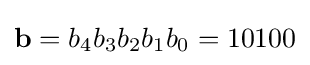
\mathbf {b} =b_{4}b_{3}b_{2}b_{1}b_{0}=10100